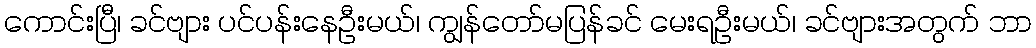
ကောင်းပြီ၊ ခင်ဗျား ပင်ပန်းနေဦးမယ်၊ ကျွန်တော်မပြန်ခင် မေးရဦးမယ်၊ ခင်ဗျားအတွက် ဘာ